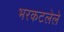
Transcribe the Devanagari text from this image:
भरकटलेले